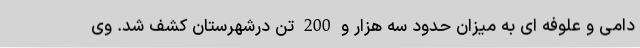
دامی و علوفه ای به میزان حدود سه هزار و 200 تن درشهرستان کشف شد. وی